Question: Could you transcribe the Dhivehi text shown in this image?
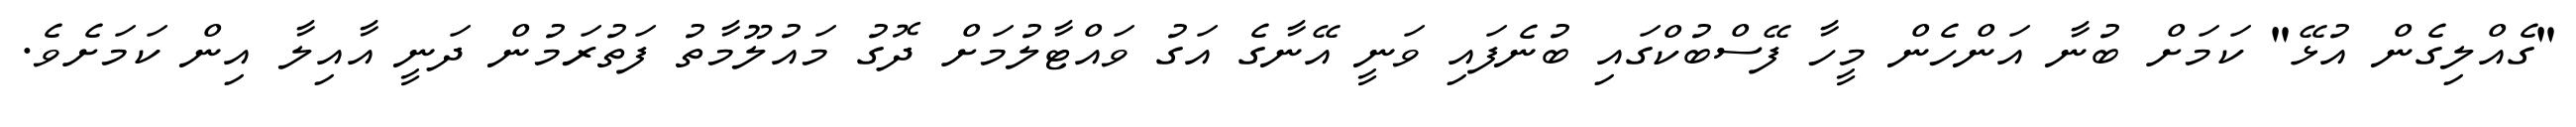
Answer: "ގެއްލިގެން އުޅޭ" ކަމަށް ބުނާ އަންހެން މީހާ ފޭސްބުކްގައި ބުނެފައި ވަނީ އޭނާގެ އަގު ވައްޓާލުމަށް ދޮގު މައުލޫމާތު ފަތުރަމުން ދަނީ އާއިލާ އިން ކަމަށެވެ.